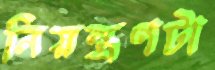
নিয়ন্ত্রণটা